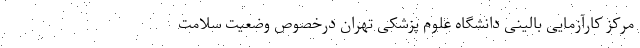
مرکز کارآزمایی بالینی دانشگاه علوم پزشکی تهران درخصوص وضعیت سلامت